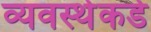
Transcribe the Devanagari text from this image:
व्यवस्थेकडे